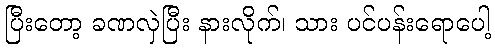
ပြီးတော့ ခဏလှဲပြီး နားလိုက်၊ သား ပင်ပန်းရောပေါ့